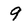
Character: 9